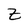
Character: Z